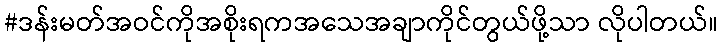
#ဒန်းမတ်အဝင်ကိုအစိုးရကအသေအချာကိုင်တွယ်ဖို့သာ လိုပါတယ်။